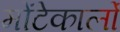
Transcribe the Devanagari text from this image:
मोंटेकार्लो